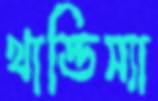
থান্ডিস্যা